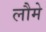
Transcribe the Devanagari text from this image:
लौमे